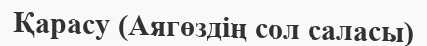
Қарасу (Аягөздің сол саласы)